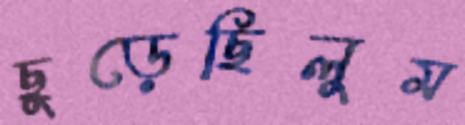
ছুড়েছিলুম